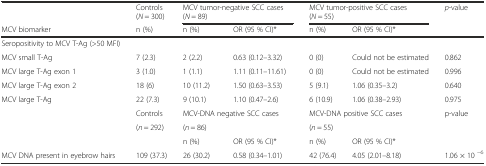
|  | Controls (N = 300) | <COLSPAN=2> MCV tumor-negative SCC cases (N = 89) | <COLSPAN=2> MCV tumor-positive SCC cases (N = 55) | p-value |
 | MCV biomarker | n (%) | n (%) | OR (95 % CI)* | n (%) | OR (95 % CI)* |  |
 | --- | --- | --- | --- | --- | --- | --- |
 | Seropositivity to MCV T-Ag (>50 MFI) |  |  |  |  |  |  |
 | MCV small T-Ag | 7 (2.3) | 2 (2.2) | 0.63 (0.12–3.32) | 0 (0) | Could not be estimated | 0.862 |
 | MCV large T-Ag exon 1 | 3 (1.0) | 1 (1.1) | 1.11 (0.11–11.61) | 0 (0) | Could not be estimated | 0.996 |
 | MCV large T-Ag exon 2 | 18 (6) | 10 (11.2) | 1.50 (0.63–3.53) | 5 (9.1) | 1.06 (0.35–3.2) | 0.640 |
 | MCV large T-Ag | 22 (7.3) | 9 (10.1) | 1.10 (0.47–2.6) | 6 (10.9) | 1.06 (0.38–2.93) | 0.975 |
 | <ROWSPAN=2>  | Controls | <COLSPAN=2> MCV-DNA negative SCC cases | <COLSPAN=2> MCV-DNA positive SCC cases | <ROWSPAN=2> p-value |
 | (n = 292) | <COLSPAN=2> (n = 86) | <COLSPAN=2> (n = 55) |
 |  |  | n (%) | OR (95 % CI)* | n (%) | OR (95 % CI)* |  |
 | MCV DNA present in eyebrow hairs | 109 (37.3) | 26 (30.2) | 0.58 (0.34–1.01) | 42 (76.4) | 4.05 (2.01–8.18) | 1.06 × 10 −6 |